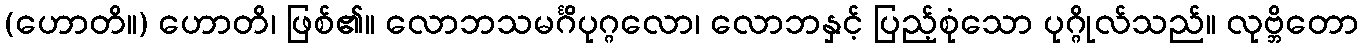
(ဟောတိ။) ဟောတိ၊ ဖြစ်၏။ လောဘသမင်္ဂိပုဂ္ဂလော၊ လောဘနှင့် ပြည့်စုံသော ပုဂ္ဂိုလ်သည်။ လုဗ္ဘိတော